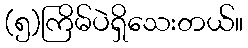
(၅)ကြိမ်ပဲရှိသေးတယ်။